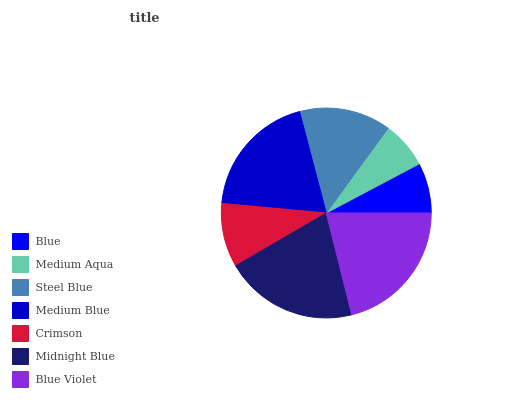
| Blue | Medium Aqua | Steel Blue | Medium Blue | Crimson | Midnight Blue | Blue Violet |
 | --- | --- | --- | --- | --- | --- | --- |
 | 7.73% | 7.22% | 14.1% | 19.4% | 9.85% | 20.5% | 21.2% |